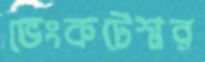
ভেংকটেশ্বর